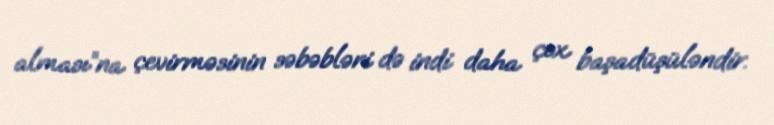
alması”na çevirməsinin səbəbləri də indi daha çox başadüşüləndir.